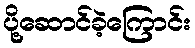
ပို့ဆောင်ခဲ့ကြောင်း